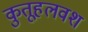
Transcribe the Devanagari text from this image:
कुतूहलवश